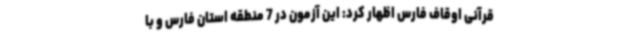
قرآنی اوقاف فارس اظهار کرد: این آزمون در 7 منطقه استان فارس و با